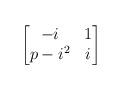
LaTeX: \begin{align*}\begin{bmatrix} -i & 1 \\ p-i^2 & i \end{bmatrix}\end{align*}